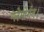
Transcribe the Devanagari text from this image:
ग्लेमोर्गन।